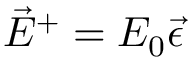
\vec { E } ^ { + } = E _ { 0 } \vec { \epsilon }